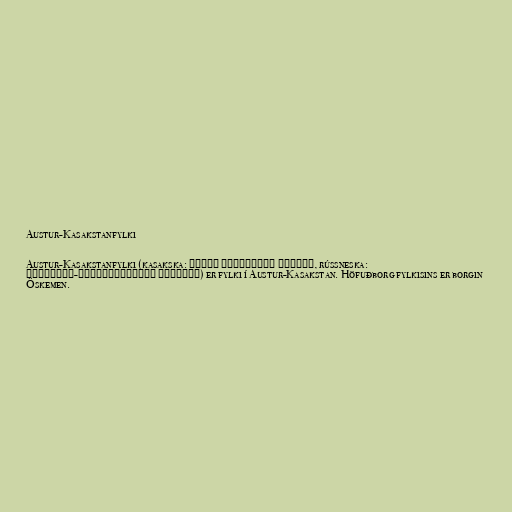
Austur-Kasakstanfylki

Austur-Kasakstanfylki (kasakska: Шығыс Қазақстан облысы, rússneska:
Восточно-Казахстанская область) er fylki í Austur-Kasakstan. Höfuðborg fylkisins er borgin
Öskemen.